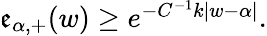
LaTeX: \begin{array}{r}{\mathfrak{e}_{\alpha,+}(w)\geq e^{-C^{-1}k|w-\alpha|}.}\end{array}